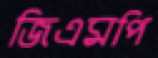
জিএমপি